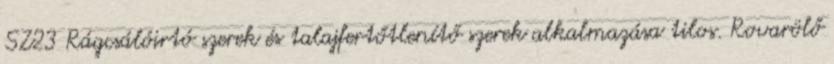
SZ23 Rágcsálóirtó szerek és talajfertőtlenítő szerek alkalmazása tilos. Rovarölő